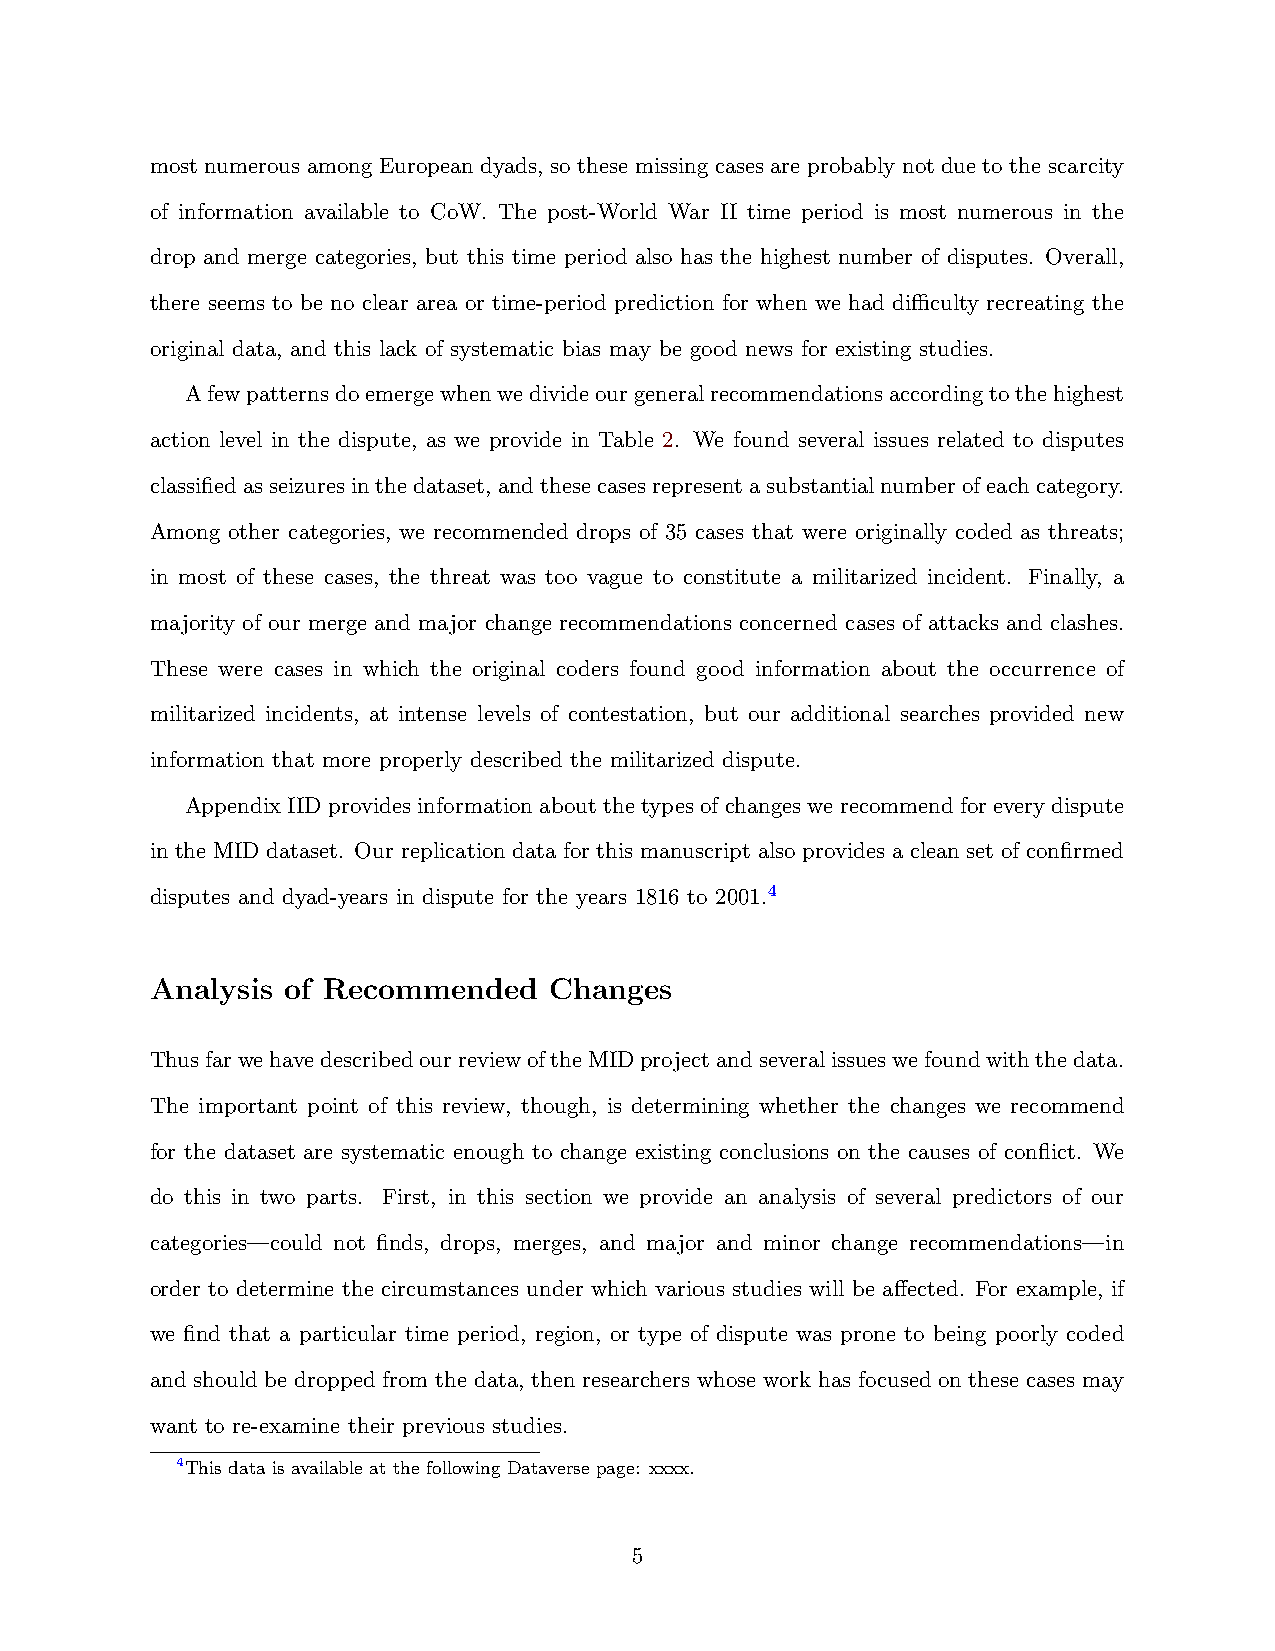
most numerous among European dyads, so these missing cases are probably not due to the scarcity
 of information available to CoW. The post-World War II time period is most numerous in the
 drop and merge categories, but this time period also has the highest number of disputes. Overall,
 there seems to be no clear area or time-period prediction for when we had difficulty recreating the
 original data, and this lack of systematic bias may be good news for existing studies.
 Afewpatternsdoemergewhenwedivideourgeneralrecommendationsaccordingtothehighest
 action level in the dispute, as we provide in Table 2. We found several issues related to disputes
 classifiedasseizuresinthedataset, andthesecasesrepresentasubstantialnumberofeachcategory.
 Among other categories, we recommended drops of 35 cases that were originally coded as threats;
 in most of these cases, the threat was too vague to constitute a militarized incident. Finally, a
 majority of our merge and major change recommendations concerned cases of attacks and clashes.
 These were cases in which the original coders found good information about the occurrence of
 militarized incidents, at intense levels of contestation, but our additional searches provided new
 information that more properly described the militarized dispute.
 Appendix IID provides information about the types of changes we recommend for every dispute
 in the MID dataset. Our replication data for this manuscript also provides a clean set of confirmed
 disputes and dyad-years in dispute for the years 1816 to 2001.4
 Analysis of Recommended   Changes
 ThusfarwehavedescribedourreviewoftheMIDprojectandseveralissueswefoundwiththedata.
 The important point of this review, though, is determining whether the changes we recommend
 for the dataset are systematic enough to change existing conclusions on the causes of conflict. We
 do this in two parts. First, in this section we provide an analysis of several predictors of our
 categories—could not finds, drops, merges, and major and minor change recommendations—in
 order to determine the circumstances under which various studies will be affected. For example, if
 we find that a particular time period, region, or type of dispute was prone to being poorly coded
 and should be dropped from the data, then researchers whose work has focused on these cases may
 want to re-examine their previous studies.
 4This data is available at the following Dataverse page: xxxx.
 5